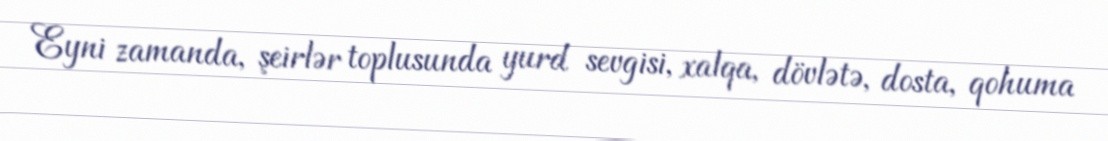
Eyni zamanda, şeirlər toplusunda yurd sevgisi, xalqa, dövlətə, dosta, qohuma